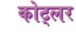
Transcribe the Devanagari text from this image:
कोट्लर